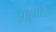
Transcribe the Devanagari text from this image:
सद्पतियों